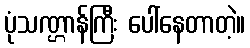
ပုံသဏ္ဌာန်ကြီး ပေါ်နေတာတဲ့။